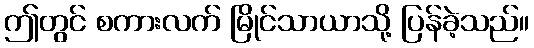
ဤတွင် စကားလက် မြိုင်သာယာသို့ ပြန်ခဲ့သည်။